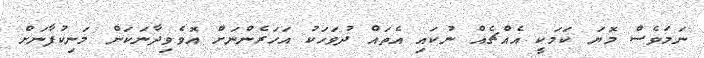
ނަމަވެސް މޮޔަ ކަމަކީ އެއްޗެއް ނުކައި އެތައް ދުވަހަކު އަހަރެންނަށް އޮވެވިދާނަކަން މަނިކުފާނަށް